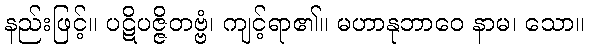
နည်းဖြင့်။ ပဋိပဇ္ဇိတဗ္ဗံ၊ ကျင့်ရာ၏။ မဟာနုဘာဝေ နာမ၊ သော။